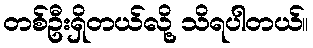
တစ်ဦးရှိတယ်လို့ သိရပါတယ်။